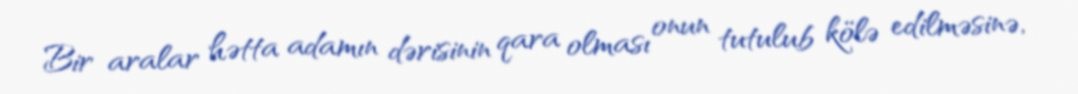
Bir aralar hətta adamın dərisinin qara olması onun tutulub kölə edilməsinə,